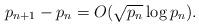
LaTeX: \begin{align*} p_{n+1} - p_n = O(\sqrt{p_n} \log p_n).\end{align*}